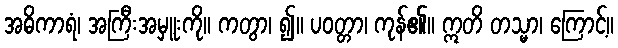
အဓိကာရံ၊ အကြီးအမှူးကို။ ကတွာ၊ ၍။ ပဝတ္တာ၊ ကုန်၏။ ဣတိ တသ္မာ၊ ကြောင့်။